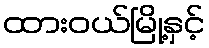
ထားဝယ်မြို့နှင့်